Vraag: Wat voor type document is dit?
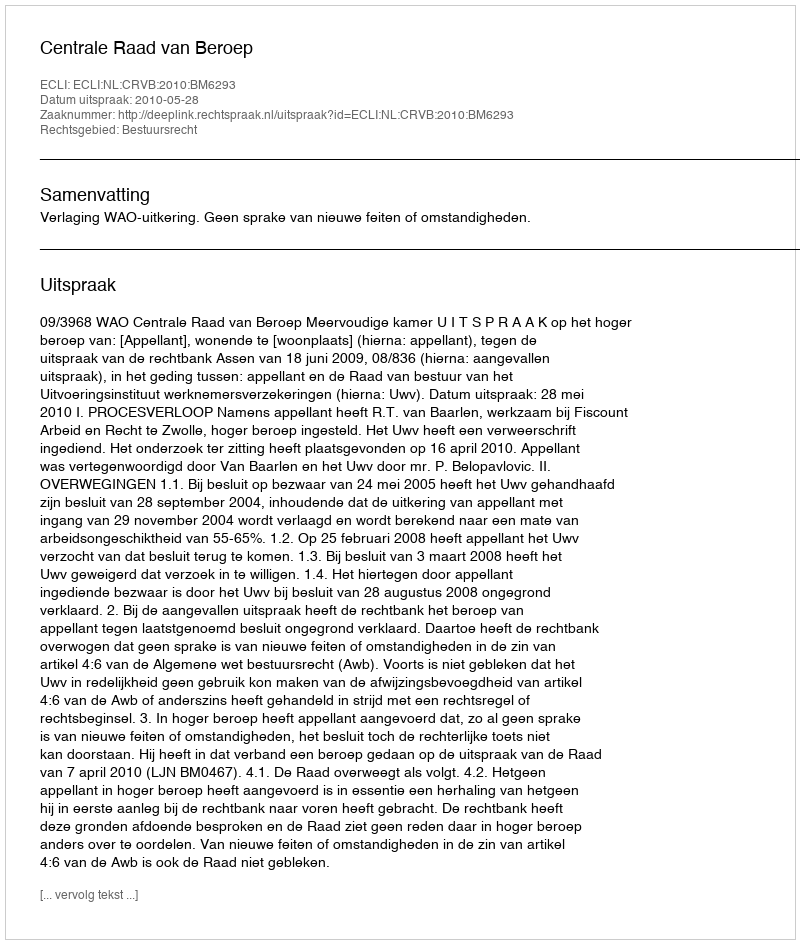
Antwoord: Uitspraak